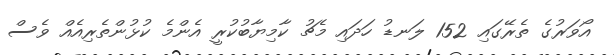
އޯވަރުގެ ތެރޭގައި 152 ލަނޑު ހަދައި މެޗު ކާމިޔާބުކުރީ އެންމެ ކުޅުންތެރިއެއް ވެސް